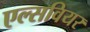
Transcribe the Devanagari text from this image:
एल्सवियर